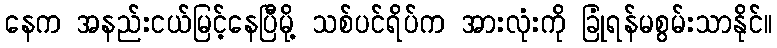
နေက အနည်းငယ်မြင့်နေပြီမို့ သစ်ပင်ရိပ်က အားလုံးကို ခြုံရန်မစွမ်းသာနိုင်။